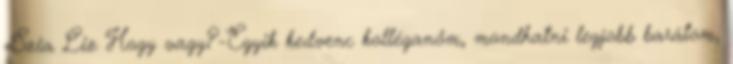
-Szia Liz Hogy vagy?-Egyik kedvenc kolléganőm, mondhatni legjobb barátom,